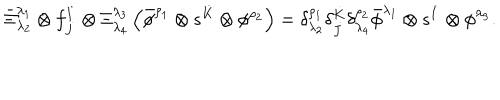
\bar { \Xi } _ { \lambda _ { 2 } } ^ { \lambda _ { 1 } } \otimes f _ { \dot { J } } ^ { \dot { I } } \otimes \Xi _ { \lambda _ { 4 } } ^ { \lambda _ { 3 } } \left( \bar { \phi } ^ { \rho _ { 1 } } \otimes s ^ { \dot { K } } \otimes \phi ^ { \rho _ { 2 } } \right) = \delta _ { \lambda _ { 2 } } ^ { \rho _ { 1 } } \delta _ { \dot { J } } ^ { \dot { K } } \delta _ { \lambda _ { 4 } } ^ { \rho _ { 2 } } \bar { \phi } ^ { \lambda _ { 1 } } \otimes s ^ { \dot { I } } \otimes \phi ^ { \lambda _ { 3 } } .